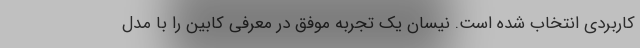
کاربردی انتخاب شده است. نیسان یک تجربه موفق در معرفی کابین را با مدل